Annual administration report of the Civil Veterinary Department of India - 1895-1896
Year: 1895
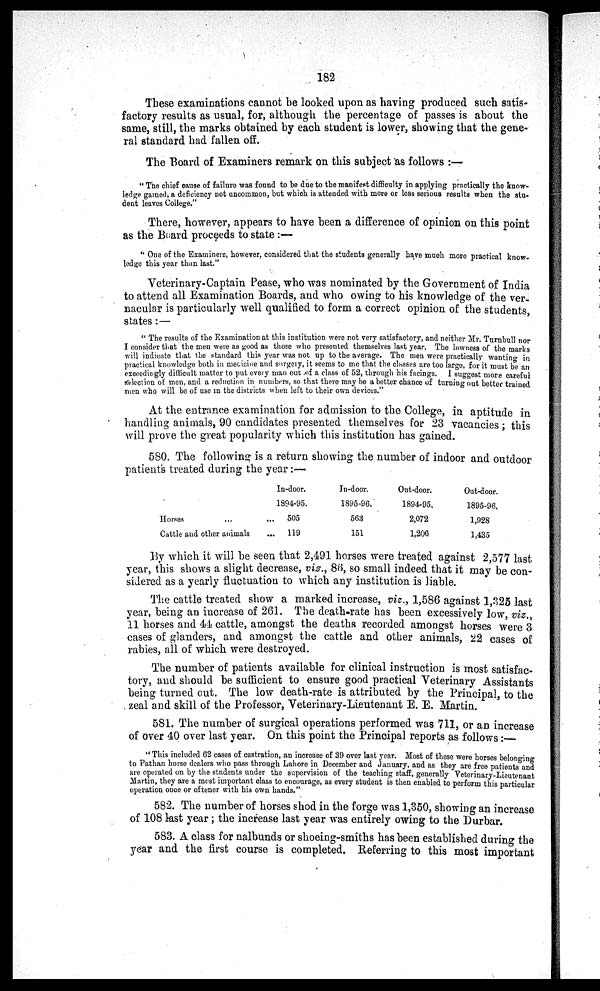
182
These examinations cannot be looked upon as having produced such satis-
factory results as usual, for, although the percentage of passes is about the
same, still, the marks obtained by each student is lower, showing that the gene-
ral standard had fallen off.
The Board of Examiners remark on this subject as follows:—
"The chief cause of failure was found to be due to the manifest difficulty in applying practically the know-
ledge gained, a deficiency not uncommon, but which is attended with more or less serious results when the stu-
dent leaves College."
There, however, appears to have been a difference of opinion on this point
as the Board proceeds to state:—
"One of the Examiners, however, considered that the students generally have much more practical know-
ledge this year than last."
Veterinary-Captain Pease, who was nominated by the Government of India
to attend all Examination Boards, and who owing to his knowledge of the ver-
nacular is particularly well qualified to form a correct opinion of the students,
states:—
"The results of the Examination at this institution were not very satisfactory, and neither Mr. Turnbull nor
I consider that the men were as good as those who presented themselves last year. The lowness of the marks
will indicate that the standard this year was not up to the average. The men were practically wanting in
practical knowledge both in medicine and surgery, it seems to me that the classes are too large, for it must be an
exceedingly difficult matter to put every man out of a class of 52, through his facings. I suggest more careful
selection of men, and a reduction in numbers, so that there may be a better chance of turning out better trained
men who will be of use in the districts when left to their own devices."
At the entrance examination for admission to the College, in aptitude in
handling animals, 90 candidates presented themselves for 23 vacancies; this
will prove the great popularity which this institution has gained.
580. The following is a return showing the number of indoor and outdoor
patients treated during the year:—
Horses ... ...
Cattle and other animals ...
In-door.
1894-95.
505
119
In-door.
1895-96.
563
151
Out-door.
1894-95.
2,072
1,206
Out-door.
1895-96.
1,928
1,435
By which it will be seen that 2,491 horses were treated against 2,577 last
year, this shows a slight decrease, viz., 86, so small indeed that it may be con-
sidered as a yearly fluctuation to which any institution is liable.
The cattle treated show a marked increase, viz., 1,586 against 1,325 last
year, being an increase of 261. The death-rate has been excessively low, viz.,
11 horses and 44 cattle, amongst the deaths recorded amongst horses were 3
cases of glanders, and amongst the cattle and other animals, 22 cases of
rabies, all of which were destroyed.
The number of patients available for clinical instruction is most satisfac-
tory, and should be sufficient to ensure good practical Veterinary Assistants
being turned out. The low death-rate is attributed by the Principal, to the
Zeal and skill of the Professor, Veterinary-Lieutenant E. E. Martin.
581. The number of surgical operations performed was 711, or an increase
of over 40 over last year. On this point the Principal reports as follows:-
"This included 62 cases of castration, an increase of 39 over last year. Most of these were horses belonging
to Pathan horse dealers who pass through Lahore in December and January, and as they are free patients and
are operated on by the students under the supervision of the teaching staff, generally Veterinary-Lieutenant
Martin, they are a most important class to encourage, as every student is then enabled to perform this particular
operation once or oftener with his own hands."
582. The number of horses shod in the forge was 1,350, showing an increase
of 108 last year; the increase last year was entirely owing to the Durbar.
583. A class for nalbunds or shoeing-smiths has been established during the
year and the first course is completed. Referring to this most important